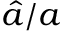
\hat { a } / a